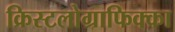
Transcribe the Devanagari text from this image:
क्रिस्टलोग्राफिक्का